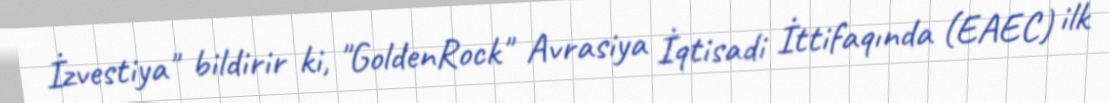
İzvestiya" bildirir ki, "GoldenRock" Avrasiya İqtisadi İttifaqında (EAEC) ilk